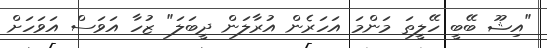
"އިޝޫ ބޭބީ ހޭލީތަ މަންމަ އަހަރެން އުރާލަން ދީބަލަ" ޒުހާ އަވަސް އަވަހަށް